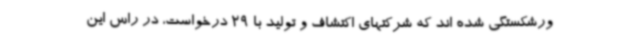
ورشکستگی شده اند که شرکتهای اکتشاف و تولید با 29 درخواست، در راس این